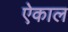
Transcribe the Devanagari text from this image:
ऐकाल